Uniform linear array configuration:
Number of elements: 32
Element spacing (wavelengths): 0.75
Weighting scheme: binomial
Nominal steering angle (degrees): -30
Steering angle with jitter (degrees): -28.932
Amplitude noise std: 0.05
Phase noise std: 0.05

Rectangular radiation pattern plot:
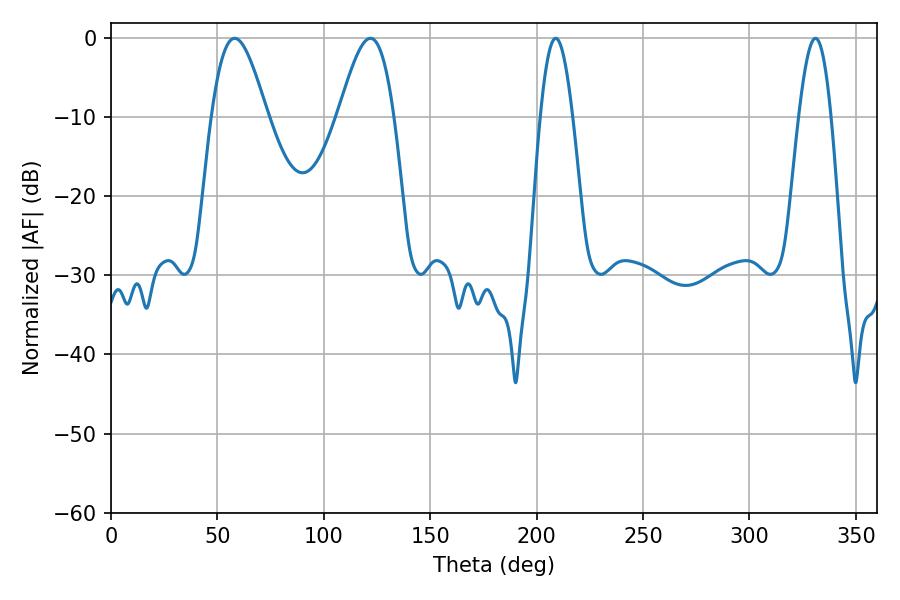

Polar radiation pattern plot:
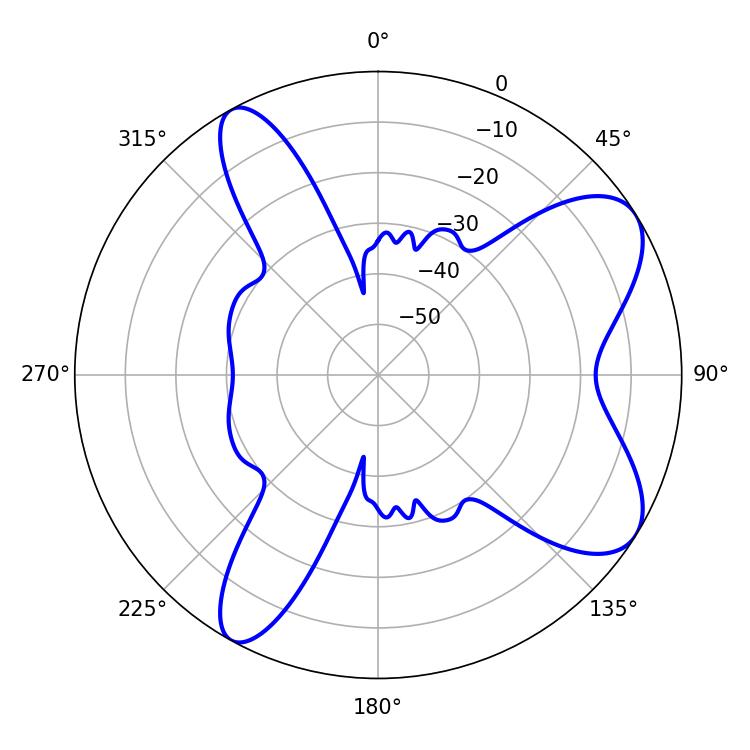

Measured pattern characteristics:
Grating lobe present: TRUE
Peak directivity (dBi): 7.982
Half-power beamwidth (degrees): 8.1
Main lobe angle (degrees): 208.98